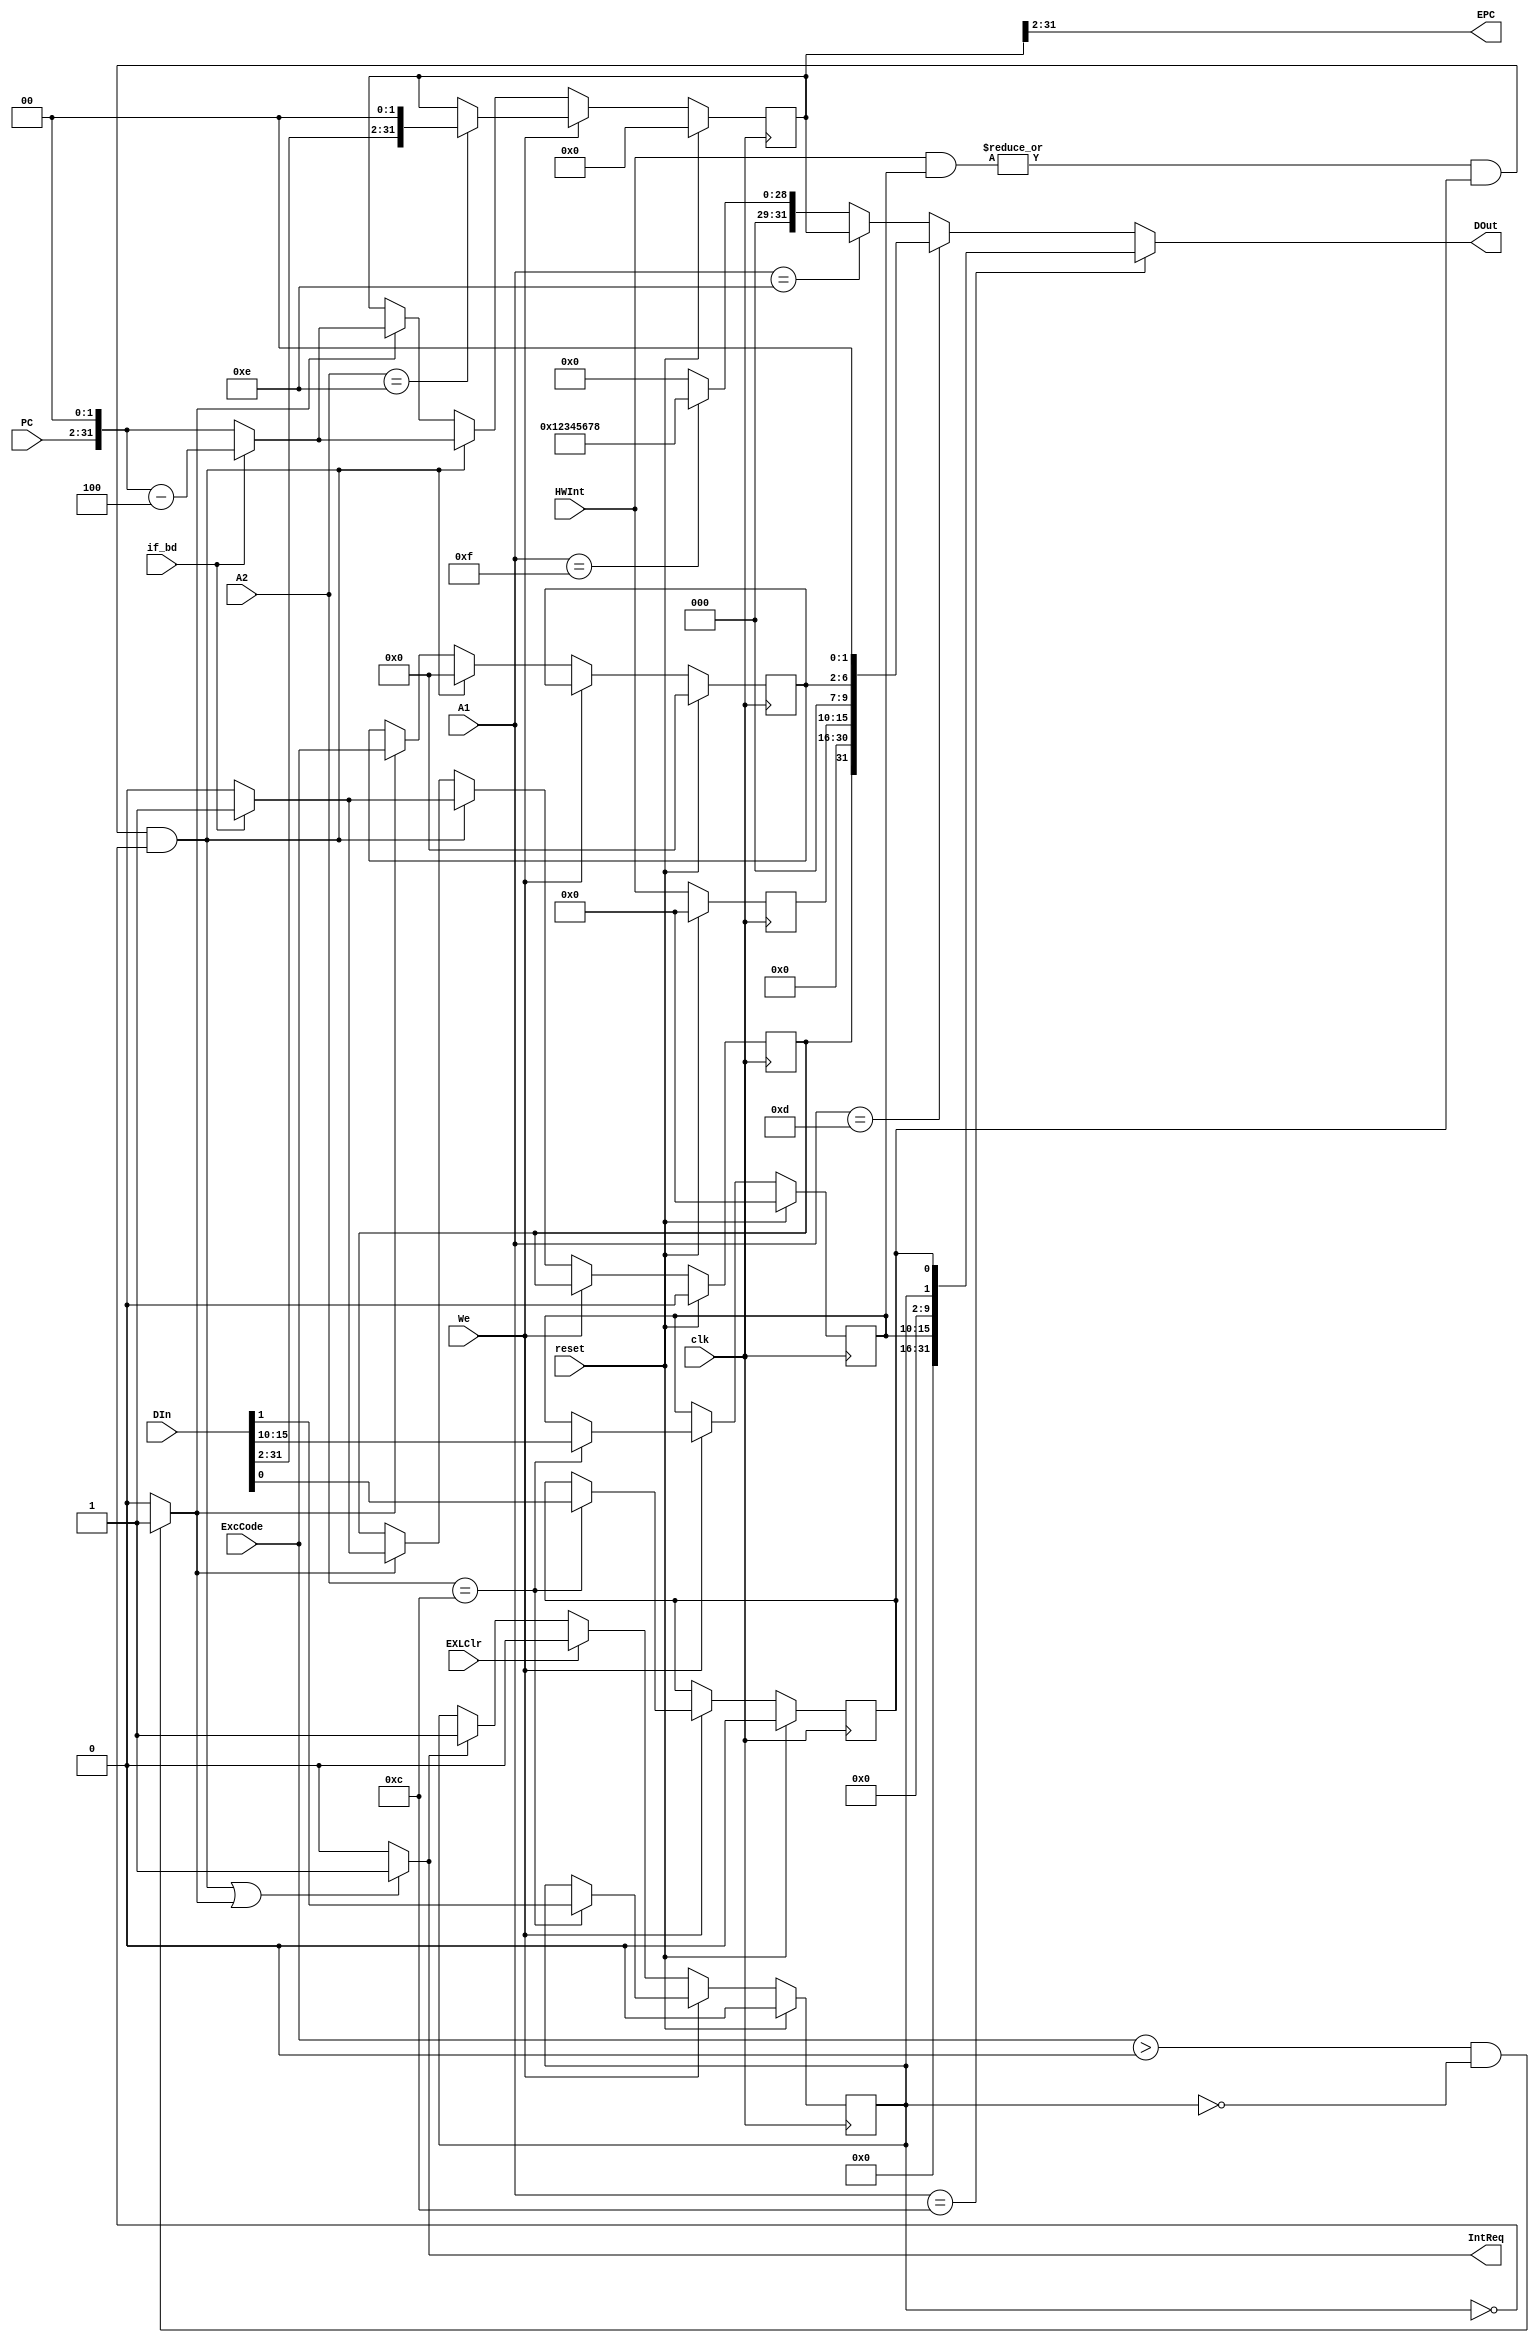
`timescale 1ns / 1ps
//////////////////////////////////////////////////////////////////////////////////
// Company: 
// Engineer: 
// 
// Design Name: 
// Module Name:    CPO 
// Project Name: 
// Target Devices: 
// Tool versions: 
// Description: 
//
// Dependencies: 
//
// Revision: 
// Revision 0.01 - File Created
// Additional Comments: 
//
//////////////////////////////////////////////////////////////////////////////////
`define SR 12 
`define CAUSE 13 
`define EPC 14
`define PRID 15
module CP0(
    input [4:0] A1,//CP0MFC0
    input [4:0] A2,//CP0MTCO
    input [31:0] DIn,//CP0MTC0GPR
    input [31:2] PC,///PC
	input if_bd,
    input [6:2] ExcCode,///
    input [5:0] HWInt,//6
    input We,//CP0MTC0
    //input EXLSet,//SREXLW
    input EXLClr,//SREXLERET
    input clk,
    input reset,
    output reg IntReq,//CPUHWInt/IM/EXL/IE
    output [31:2] EPC,//EPCNPC
    output [31:0] DOut//CP0MFC0GPR
    );
	//SR
	wire [31:0] sr;
	reg [15:10] im;
	reg exl;
	reg ie;
	assign sr={16'b0,im,8'b0,exl,ie};
	//CAUSE
	wire [31:0] cause;
	reg bd;
	reg [7:2] ip;
	reg [6:2] exccode;
	assign cause={bd,15'b0,ip[7:2],3'b0,exccode[6:2],2'b0};
	//EPC
	reg [31:0] epc;
	//PRID
	wire [31:0] prid;
	assign prid=32'h12345678;
	
	//
	reg Exception,Interrupt;
	
	initial 
		begin
			im<=6'b0;
			exl<=1'b0;
			ie<=1'b0;
			bd<=1'b0;
			ip<=6'b0;
			exccode<=5'b0;
			epc<=32'b0;
			Interrupt<=1'b0;
			Exception<=1'b0;
			IntReq<=1'b0;
		end
	
	assign EPC=epc[31:2];
	assign DOut = (A1==`SR) ? sr :
				  (A1==`CAUSE) ? cause :
				  (A1==`EPC) ? epc :
				  (A1==`PRID) ? prid : 32'b0;
	always@(*)
		begin
			Interrupt=(|(HWInt[5:0] & im[15:10])) & ie & !exl ;
			Exception=(ExcCode[6:2]>0&&exl==1'b0)?1'b1:1'b0;
			IntReq=(Interrupt||Exception)?1'b1:1'b0;
		end
	
	always@(posedge clk)
		begin
			if(reset)
				begin
					im<=6'b0;
					exl<=1'b0;
					ie<=1'b0;
					bd<=1'b0;
					ip<=6'b0;
					exccode<=5'b0;
					epc<=32'b0;
				end
			else if(We)
				begin
					ip[7:2]<=HWInt[5:0];
					case(A2)
						`SR:{im,exl,ie}<={DIn[15:10],DIn[1],DIn[0]};
						`EPC:begin
								epc<={DIn[31:2],2'b00};
								//$display("%d epc=%h", $time,epc);
							end
					endcase
				end
			else 
				begin
					ip[7:2]<=HWInt[5:0];
					if(IntReq)
						begin
							exl<=1'b1;
						end
					if(EXLClr)
						begin
							exl<=1'b0;
						end
					if(Interrupt)
						begin
							exccode[6:2]<=5'd0;
							if(if_bd)
								begin
									bd<=1'b1;
									epc<={PC[31:2],2'b00}-4;
								end
							else 
								begin
									bd<=1'b0;
									epc<={PC[31:2],2'b00};
								end
						end
					else if(Exception)
						begin
							exccode[6:2]<=ExcCode[6:2];
							if(if_bd)
								begin
									bd<=1'b1;
									epc<={PC[31:2],2'b00}-4;
								end
							else 
								begin
									bd<=1'b0;
									epc<={PC[31:2],2'b00};
								end
						end
				end
		end

							
endmodule